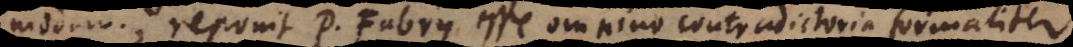
modum; reponit P. Fabry esse omnino contradictoria formaliter